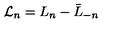
{ \cal L } _ { n } = L _ { n } - \bar { L } _ { - n } \